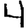
Digit: 4